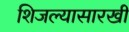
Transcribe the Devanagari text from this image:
शिजल्यासारखी